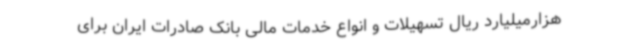
هزارمیلیارد ریال تسهیلات و انواع خدمات مالی بانک صادرات ایران برای